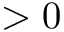
> 0